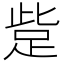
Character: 𧿿